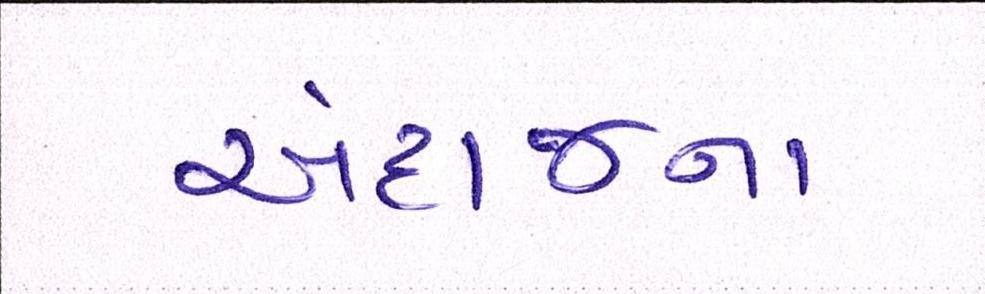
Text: અંદાજના